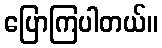
ပြောကြပါတယ်။